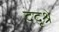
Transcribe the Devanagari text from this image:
ददृश्रे